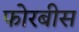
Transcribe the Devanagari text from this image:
फोरबीस